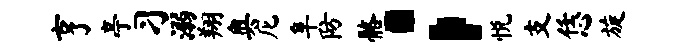
亨亭习溺翔奥庀阜防髂；悦支恁旋